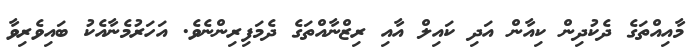
މާއިއްތަގެ ދެކުދިން ކިއާން އަދި ކައިލް އާއި ރިޒްނާއްތަގެ ދެމަފިރިންނެވެ. އަހަރުމެނާއެކު ބައިވެރިވާ